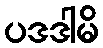
ပဒဒါမိ